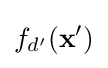
f_{d'}({\textbf {x}}')